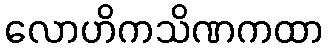
လောဟိကသိဏကထာ